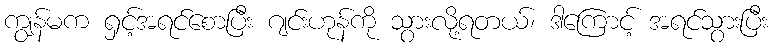
ကျွန်မက ရှင့်အရင်စောပြီး ဂျင်းဟုန်ကို သွားလို့ရတယ်၊ ဒါကြောင့် အရင်သွားပြီး